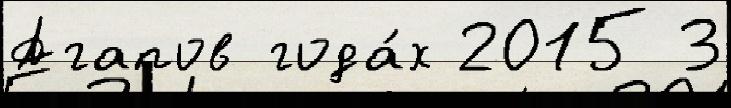
Агапов года́х 2015 3